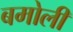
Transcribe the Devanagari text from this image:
बमोली